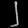
Digit: ၂